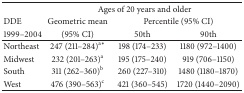
<table><thead><tr><td><b> </b></td><td colspan="3"><b>Ages of 20 years and older </b></td></tr><tr><td><b>DDE</b></td><td><b>Geometric mean</b></td><td colspan="2"><b>Percentile (95% CI)</b></td></tr><tr><td><b>1999–2004</b></td><td><b>(95% CI)</b></td><td><b>50th</b></td><td><b>90th</b></td></tr></thead><tbody><tr><td>Northeast</td><td>247 (211–284)<sup>a<i>∗</i></sup></td><td>198 (174–233)</td><td>1180 (972–1400)</td></tr><tr><td>Midwest</td><td>232 (201–263)<sup>a</sup></td><td>195 (175–240)</td><td>919 (706–1150)</td></tr><tr><td>South</td><td>311 (262–360)<sup>b</sup></td><td>260 (227–310)</td><td>1480 (1180–1870)</td></tr><tr><td>West</td><td>476 (390–563)<sup>c</sup></td><td>421 (360–545)</td><td>1720 (1440–2090)</td></tr></tbody></table>